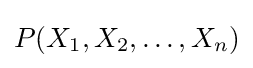
P(X_{1},X_{2},\ldots ,X_{n})